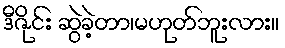
ဒီဇိုင်း ဆွဲခဲ့တာ၊မဟုတ်ဘူးလား။